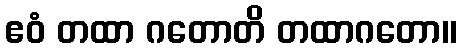
ဧဝံ တထာ ဂတောတိ တထာဂတော။